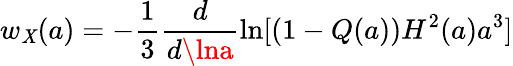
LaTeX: w_{\mathit{X}}(a)=-\frac{{1}}{{3}}\frac{{d}}{{d\lna}}\ln[(1-Q(a))H^{2}(a)a^{3}]